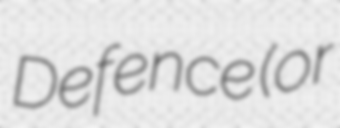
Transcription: Defence (or